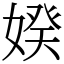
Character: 𡞳